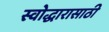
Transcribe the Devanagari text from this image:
स्वोद्धारासाठी